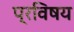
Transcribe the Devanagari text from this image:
प्रविषय